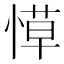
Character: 愺